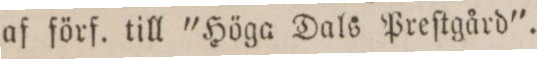
af förf. till "Höga Dals Preſtgård".